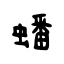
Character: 蟠